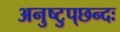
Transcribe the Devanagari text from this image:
अनुष्टुप्‌छन्दः